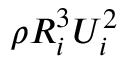
\rho R _ { i } ^ { 3 } U _ { i } ^ { 2 }